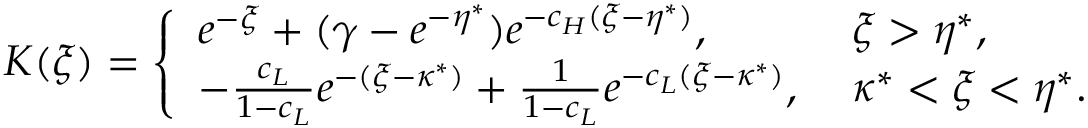
\begin{array} { r } { K ( \xi ) = \left\{ \begin{array} { l l } { e ^ { - \xi } + ( \gamma - e ^ { - \eta ^ { * } } ) e ^ { - c _ { H } ( \xi - \eta ^ { * } ) } , \; } & { \xi > \eta ^ { * } , } \\ { - \frac { c _ { L } } { 1 - c _ { L } } e ^ { - ( \xi - \kappa ^ { * } ) } + \frac { 1 } { 1 - c _ { L } } e ^ { - c _ { L } ( \xi - \kappa ^ { * } ) } , \; } & { \kappa ^ { * } < \xi < \eta ^ { * } . } \end{array} \right. } \end{array}